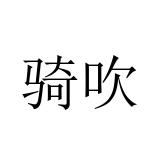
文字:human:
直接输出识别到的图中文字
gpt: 骑吹